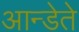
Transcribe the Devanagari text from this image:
आन्डेते